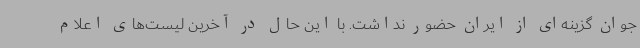
جوان گزینه‌ای از ایران حضور نداشت. با این حال در آخرین لیست‌های اعلام